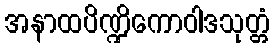
အနာထပိဏ္ဍိကောဝါဒသုတ္တံ